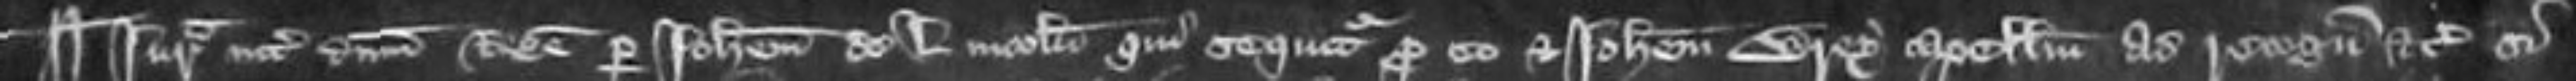
¶ Jurata inter dominum Regem per Johannem de Lincoln qui sequitur pro eo et Johannem Wrey capellum ad recognoscendum etc si